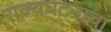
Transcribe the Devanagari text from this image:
राज्यघटनांचा